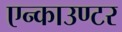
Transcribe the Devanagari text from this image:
एन्काउण्टर